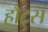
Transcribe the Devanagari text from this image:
हौट्स